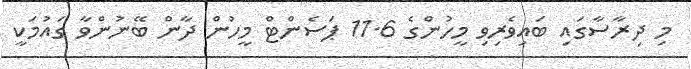
މި ދިރާސާގައި ބައިވެރިވި މީހުންގެ 11.6 ޕަސެންޓް މީހުން ދާން ބޭނުންވާ ގައުމަކީ